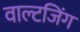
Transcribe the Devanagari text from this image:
वाल्टजिंग